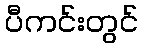
ပီကင်းတွင်